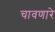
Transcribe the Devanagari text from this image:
चावणारे